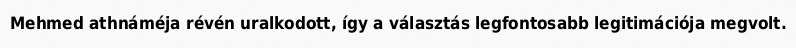
Mehmed athnáméja révén uralkodott, így a választás legfontosabb legitimációja megvolt.